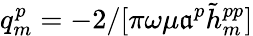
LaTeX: q_{m}^{p}=-2/[\pi\omega\mu\mathfrak{a}^{p}\tilde{{h}}_{m}^{pp}]